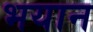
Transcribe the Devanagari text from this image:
भयान